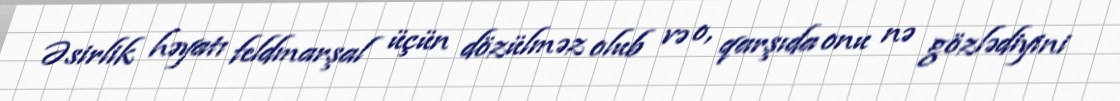
Əsirlik həyatı feldmarşal üçün dözülməz olub və o, qarşıda onu nə gözlədiyini